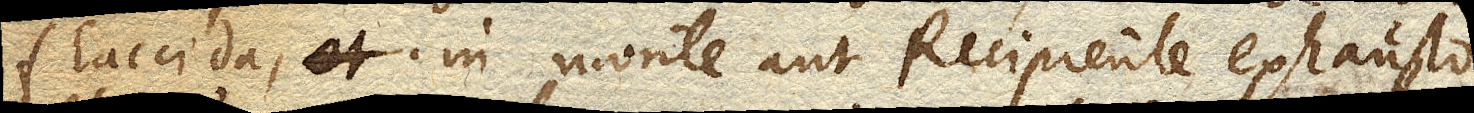
flaccida, in monte aut Recipiente exhausto